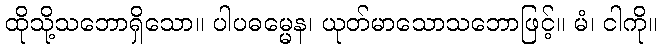
ထိုသို့သဘောရှိသော။ ပါပဓမ္မေန၊ ယုတ်မာသောသဘောဖြင့်။ မံ၊ ငါကို။